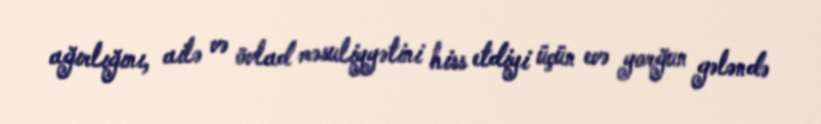
ağırlığını, ailə və övlad məsuliyyətini hiss etdiyi üçün evə yorğun gələndə